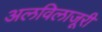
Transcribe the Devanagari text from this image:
अलविलाजूरी